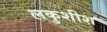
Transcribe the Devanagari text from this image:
लकुशीश